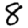
Digit: 8